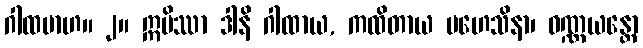
ဂါထမာဟ။ ၂။ ဣမိဿာ ဒါနိ ဂါထာယ, ကထိတာယ မဟေသိနာ၊ ဝဏ္ဏယန္တော